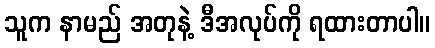
သူက နာမည် အတုနဲ့ ဒီအလုပ်ကို ရထားတာပါ။